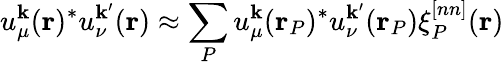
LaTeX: u_{\mu}^{\mathbf{k}}(\mathbf{r})^{*}u_{\nu}^{\mathbf{k}^{\prime}}(\mathbf{r})\approx\sum_{P}u_{\mu}^{\mathbf{k}}(\mathbf{r}_{P})^{*}u_{\nu}^{\mathbf{k}^{\prime}}(\mathbf{r}_{P})\xi_{P}^{[nn]}(\mathbf{r})